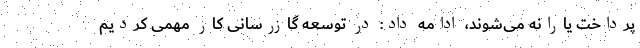
پرداخت یارانه می‌شوند، ادامه داد: در توسعه گازرسانی کار مهمی کردیم